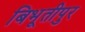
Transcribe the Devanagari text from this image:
बिभूतीपुर